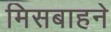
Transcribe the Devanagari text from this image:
मिसबाहने